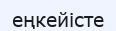
еңкейісте